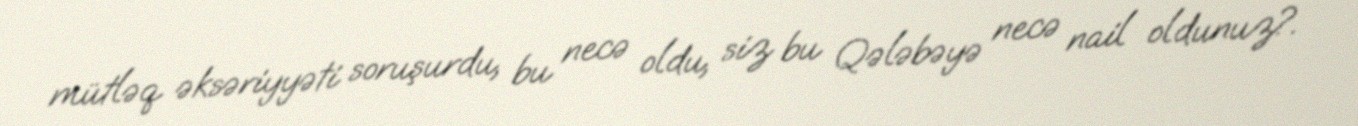
mütləq əksəriyyəti soruşurdu, bu necə oldu, siz bu Qələbəyə necə nail oldunuz?.